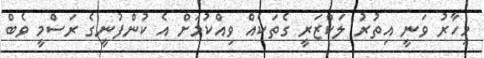
މިހާރު ވަނީ އިތުރު ލަކްޒަރީ ގެތަކެއް ވިއްކުމަށް އެ ކުންފުނީގެ ރަސްމީ ވެބް